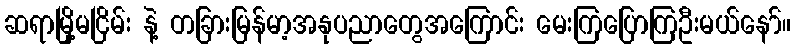
ဆရာမြို့မငြိမ်း နဲ့ တခြားမြန်မာ့အနုပညာတွေအကြောင်း မေးကြပြောကြဦးမယ်နော်။